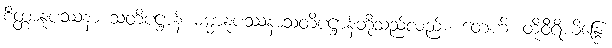
စိတ္တာနုပဿနာ သတိပဋ္ဌာန် ဓမ္မာနုပဿနာသတိပဋ္ဌာန်တို့သည်လည်း။ တေဟိ၊ ထိုဝီရိယိန္ဒြေ